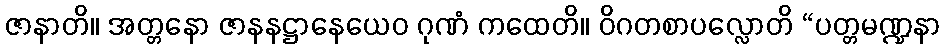
ဇာနာတိ။ အတ္တနော ဇာနနဋ္ဌာနေယေဝ ဂုဏံ ကထေတိ။ ဝိဂတစာပလ္လောတိ “ပတ္တမဏ္ဍနာ